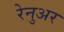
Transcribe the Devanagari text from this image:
रेनुअर